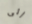
إلى